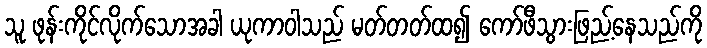
သူ ဖုန်းကိုင်လိုက်သောအခါ ယုကာဝါသည် မတ်တတ်ထ၍ ကော်ဖီသွားဖြည့်နေသည်ကို